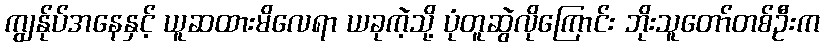
ကျွန်ုပ်အနေနှင့် ယူဆထားမိလေရာ ယခုကဲ့သို့ ပုံတူဆွဲလိုကြောင်း ဘိုးသူတော်တစ်ဦးက